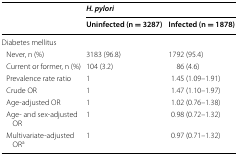
<table><thead><tr><td rowspan="2"></td><td colspan="2"><b><i>H. pylori</i></b></td></tr><tr><td><b>Uninfected (n = 3287)</b></td><td><b>Infected (n = 1878)</b></td></tr></thead><tbody><tr><td colspan="3">Diabetes mellitus</td></tr><tr><td> Never, n (%)</td><td>3183 (96.8)</td><td>1792 (95.4)</td></tr><tr><td> Current or former, n (%)</td><td>104 (3.2)</td><td>86 (4.6)</td></tr><tr><td> Prevalence rate ratio</td><td>1</td><td>1.45 (1.09–1.91)</td></tr><tr><td> Crude OR</td><td>1</td><td>1.47 (1.10–1.97)</td></tr><tr><td> Age-adjusted OR</td><td>1</td><td>1.02 (0.76–1.38)</td></tr><tr><td> Age- and sex-adjusted OR</td><td>1</td><td>0.98 (0.72–1.32)</td></tr><tr><td> Multivariate-adjusted OR<sup>a</sup></td><td>1</td><td>0.97 (0.71–1.32)</td></tr></tbody></table>